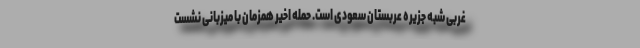
غربی شبه جزیره عربستان سعودی است. حمله اخیر همزمان با میزبانی نشست